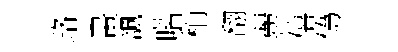
珞畫諷喈稍翻麗僖偽